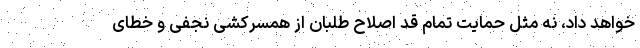
خواهد داد، ‌نه مثل حمایت تمام قد اصلاح طلبان از همسرکشی نجفی و خطای